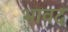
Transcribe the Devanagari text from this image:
भावद